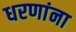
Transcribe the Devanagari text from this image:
धरणांना